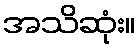
အသိဆုံး။